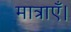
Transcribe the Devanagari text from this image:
मात्राएँ।